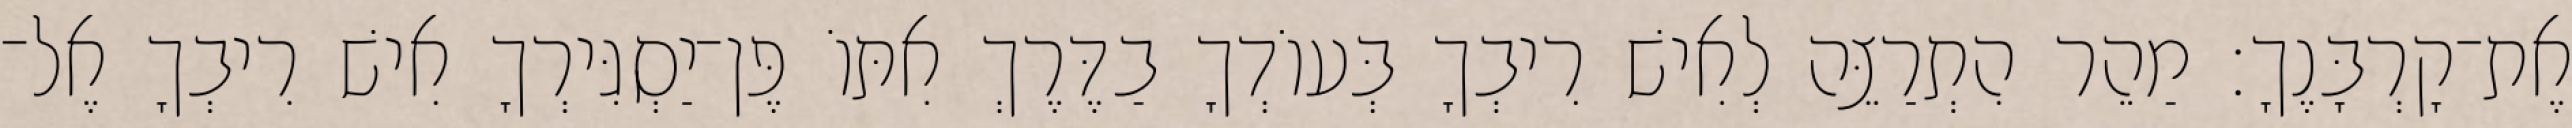
אֶת־קָרְבָּנֶךָ׃ מַהֵר הִתְרַצֵּה לְאִישׁ רִיבְךָ בְּעוֹדְךָ בַדֶּרֶךְ אִתּוֹ פֶּן־יַסְגִּירְךָ אִישׁ רִיבְךָ אֶל־